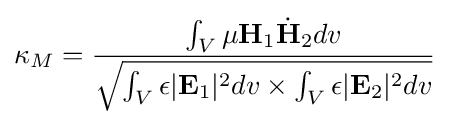
\kappa _{M}={\frac {\int _{V}\mu \mathbf {H} _{1}{\dot {\mathbf {H} }}_{2}dv}{\sqrt {\int _{V}\epsilon |\mathbf {E} _{1}|^{2}dv\times \int _{V}\epsilon |\mathbf {E} _{2}|^{2}dv}}}